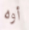
أوه